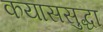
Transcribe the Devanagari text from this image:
कयाससुद्धा